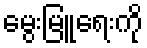
မွေးမြူရေးကို